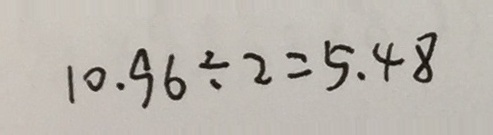
1 0 . 9 6 \div 2 = 5 . 4 8